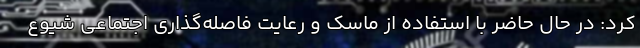
کرد: در حال حاضر با استفاده از ماسک و رعایت فاصله‌گذاری اجتماعی شیوع